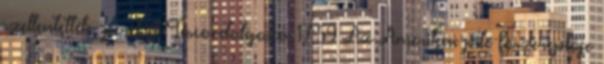
szellentették, perel a Tesco-dolgozó 17:59 Az Amerikai pite főszereplője